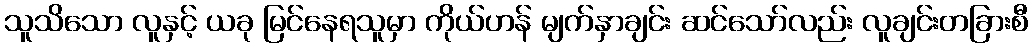
သူသိသော လူနှင့် ယခု မြင်နေရသူမှာ ကိုယ်ဟန် မျက်နှာချင်း ဆင်သော်လည်း လူချင်းတခြားစီ